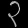
Digit: ၃